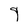
Character: 9